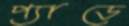
প্যাডে